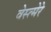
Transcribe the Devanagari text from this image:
वेस्त्मेरे